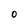
Character: O